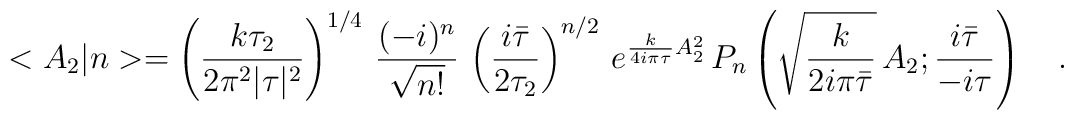
<A_2|n>=\left(\frac{k\tau_2}{2\pi^2|\tau|^2}\right)^{1/4}\,\frac{(-i)^n}{\sqrt{n!}}\,\left(\frac{i\bar{\tau}}{2\tau_2}\right)^{n/2}\,e^{\frac{k}{4i\pi\tau}A_2^2}\,P_n\left(\sqrt{\frac{k}{2i\pi\bar{\tau}}}\,A_2;\frac{i\bar{\tau}}{-i\tau}\right)\ \ \ .